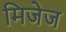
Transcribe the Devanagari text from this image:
मिजेज